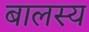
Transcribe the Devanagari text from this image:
बालस्य